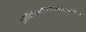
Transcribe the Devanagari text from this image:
सेलिग्मनसारख्या